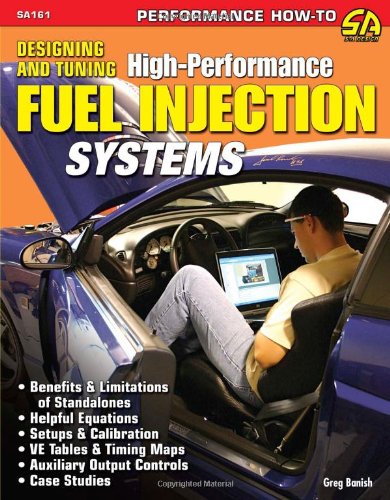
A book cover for Designing and Tuning High-Performance Fuel Injection Systems; Greg Banish; Engineering & Transportation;